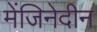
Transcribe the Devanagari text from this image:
मेंजिनेदीन